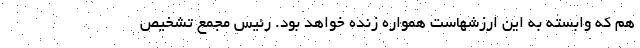
هم که وابسته به این ارزشهاست همواره زنده خواهد بود. رئیس مجمع تشخیص